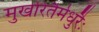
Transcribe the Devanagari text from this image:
मुखरितैर्मधुरैः